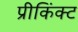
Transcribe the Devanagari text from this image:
प्रीकिंक्ट